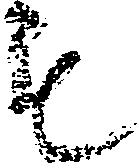
も